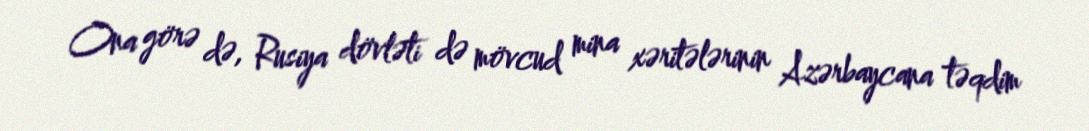
Ona görə də, Rusiya dövləti də mövcud mina xəritələrinin Azərbaycana təqdim